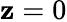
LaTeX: \mathbf{z}=0